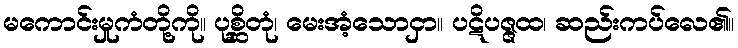
မကောင်းမှုကံတို့ကို။ ပုစ္ဆိတုံ၊ မေးအံ့သောငှာ။ ပဋိပဇ္ဇထ၊ ဆည်းကပ်လေ၏။